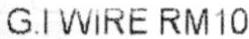
G.I WIRE RM10